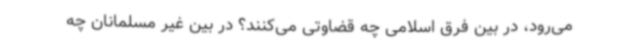
می‌رود، در بین فرق اسلامی چه قضاوتی می‌کنند؟ در بین غیر مسلمانان چه